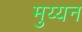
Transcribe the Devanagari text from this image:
मुय्यन